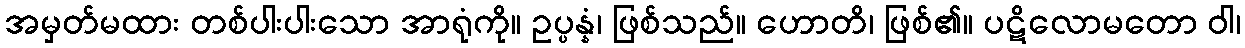
အမှတ်မထား တစ်ပါးပါးသော အာရုံကို။ ဥပ္ပန္နံ၊ ဖြစ်သည်။ ဟောတိ၊ ဖြစ်၏။ ပဋိလောမတော ဝါ၊